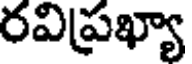
రవిప్రఖ్యా